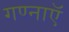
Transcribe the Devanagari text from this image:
गण्नाऍ